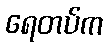
ရေတပ်က